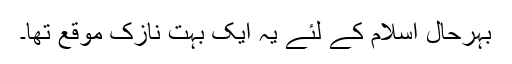
بہرحال اسلام کے لئے یہ ایک بہت نازک موقع تھا۔